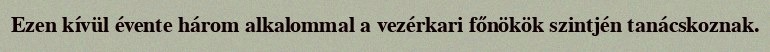
Ezen kívül évente három alkalommal a vezérkari főnökök szintjén tanácskoznak.